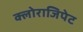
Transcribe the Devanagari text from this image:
क्लोराजिपेट